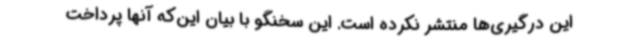
این درگیری‌ها منتشر نکرده است. این سخنگو با بیان این‌که آنها پرداخت